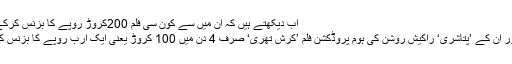
اب دیکھتے ہیں کہ ان میں سے کون سی فلم 200کروڑ روپے کا بزنس کرکے ریکارڈ اپنے نام کرتی ہے
بالی ووڈ ہیروٴ رہتک روشن اور ان کے ’پتاشری‘ راکیش روشن کی ہوم پروڈکشن فلم ’کرش تھری‘ صرف 4 دن میں 100 کروڑ یعنی ایک ارب روپے کا بزنس کرنے میں کامیاب ہوگئی ہے۔